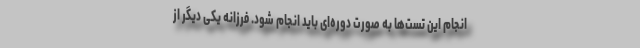
انجام این تست‌ها به صورت دوره‌ای باید انجام شود. فرزانه یکی دیگر از